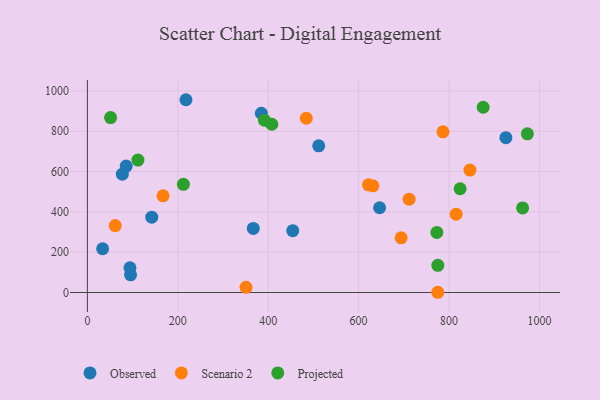
{"axis": {"x": "Experience", "y": "Rating"}, "legend": ["Observed", "Projected", "Scenario 2"], "data": [{"x": "454.3", "y": 306.8, "type": "Observed"}, {"x": "511.7", "y": 727.9, "type": "Observed"}, {"x": "367.0", "y": 317.8, "type": "Observed"}, {"x": "384.8", "y": 889.3, "type": "Observed"}, {"x": "925.8", "y": 768.0, "type": "Observed"}, {"x": "142.4", "y": 373.9, "type": "Observed"}, {"x": "33.7", "y": 217.0, "type": "Observed"}, {"x": "94.2", "y": 122.9, "type": "Observed"}, {"x": "646.4", "y": 420.4, "type": "Observed"}, {"x": "77.3", "y": 587.0, "type": "Observed"}, {"x": "85.9", "y": 627.4, "type": "Observed"}, {"x": "95.5", "y": 87.8, "type": "Observed"}, {"x": "218.1", "y": 956.5, "type": "Observed"}, {"x": "61.6", "y": 332.2, "type": "Scenario 2"}, {"x": "786.6", "y": 797.1, "type": "Scenario 2"}, {"x": "711.7", "y": 463.0, "type": "Scenario 2"}, {"x": "631.5", "y": 529.5, "type": "Scenario 2"}, {"x": "350.9", "y": 25.7, "type": "Scenario 2"}, {"x": "167.4", "y": 479.8, "type": "Scenario 2"}, {"x": "815.8", "y": 388.8, "type": "Scenario 2"}, {"x": "775.1", "y": 1.1, "type": "Scenario 2"}, {"x": "621.7", "y": 534.4, "type": "Scenario 2"}, {"x": "846.2", "y": 607.2, "type": "Scenario 2"}, {"x": "694.1", "y": 271.1, "type": "Scenario 2"}, {"x": "484.2", "y": 864.7, "type": "Scenario 2"}, {"x": "212.4", "y": 536.8, "type": "Projected"}, {"x": "824.5", "y": 514.8, "type": "Projected"}, {"x": "111.8", "y": 657.0, "type": "Projected"}, {"x": "775.2", "y": 135.0, "type": "Projected"}, {"x": "962.7", "y": 419.6, "type": "Projected"}, {"x": "51.3", "y": 867.7, "type": "Projected"}, {"x": "391.6", "y": 854.9, "type": "Projected"}, {"x": "408.0", "y": 834.9, "type": "Projected"}, {"x": "875.5", "y": 919.1, "type": "Projected"}, {"x": "773.0", "y": 298.0, "type": "Projected"}, {"x": "973.3", "y": 787.1, "type": "Projected"}]}